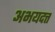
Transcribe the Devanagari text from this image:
अभयदत्त